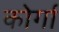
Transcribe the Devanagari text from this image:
कोर्गा